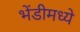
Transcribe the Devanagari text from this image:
भेंडीमध्ये